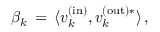
\beta _ { k } \, = \, \langle v _ { k } ^ { \mathrm { ( i n ) } } , v _ { k } ^ { \mathrm { ( o u t ) * } } \rangle \, ,